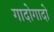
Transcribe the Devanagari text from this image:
गादोगादो